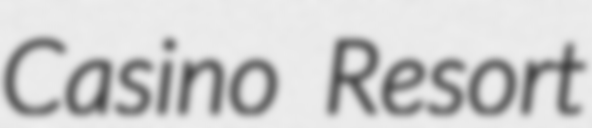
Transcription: Casino Resort